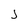
Character: j